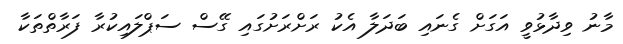
މާނު ވިދާޅުވީ އަގަށް ގެނައި ބަދަލާ އެކު ރަށްރަށުގައި ގޭސް ސަޕްލައިކުރާ ފަރާތްތަކާ